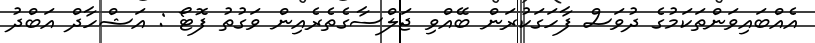
އެއްބައިވަންތަކަމުގެ ދުވަސް ފާހަގަކުރަން ބޭއްވި ޖަލްސާގެތެރެއިން ވަގުތު ފޮޓޯ : އަޝްހާދް އަބްދު